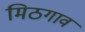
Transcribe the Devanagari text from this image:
मिठगाव